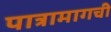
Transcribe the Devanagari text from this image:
पात्रामागची